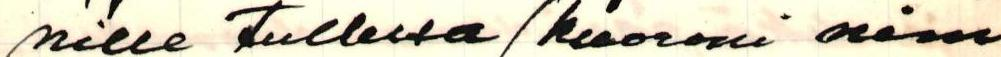
nille Tullessa (kuoroni nim